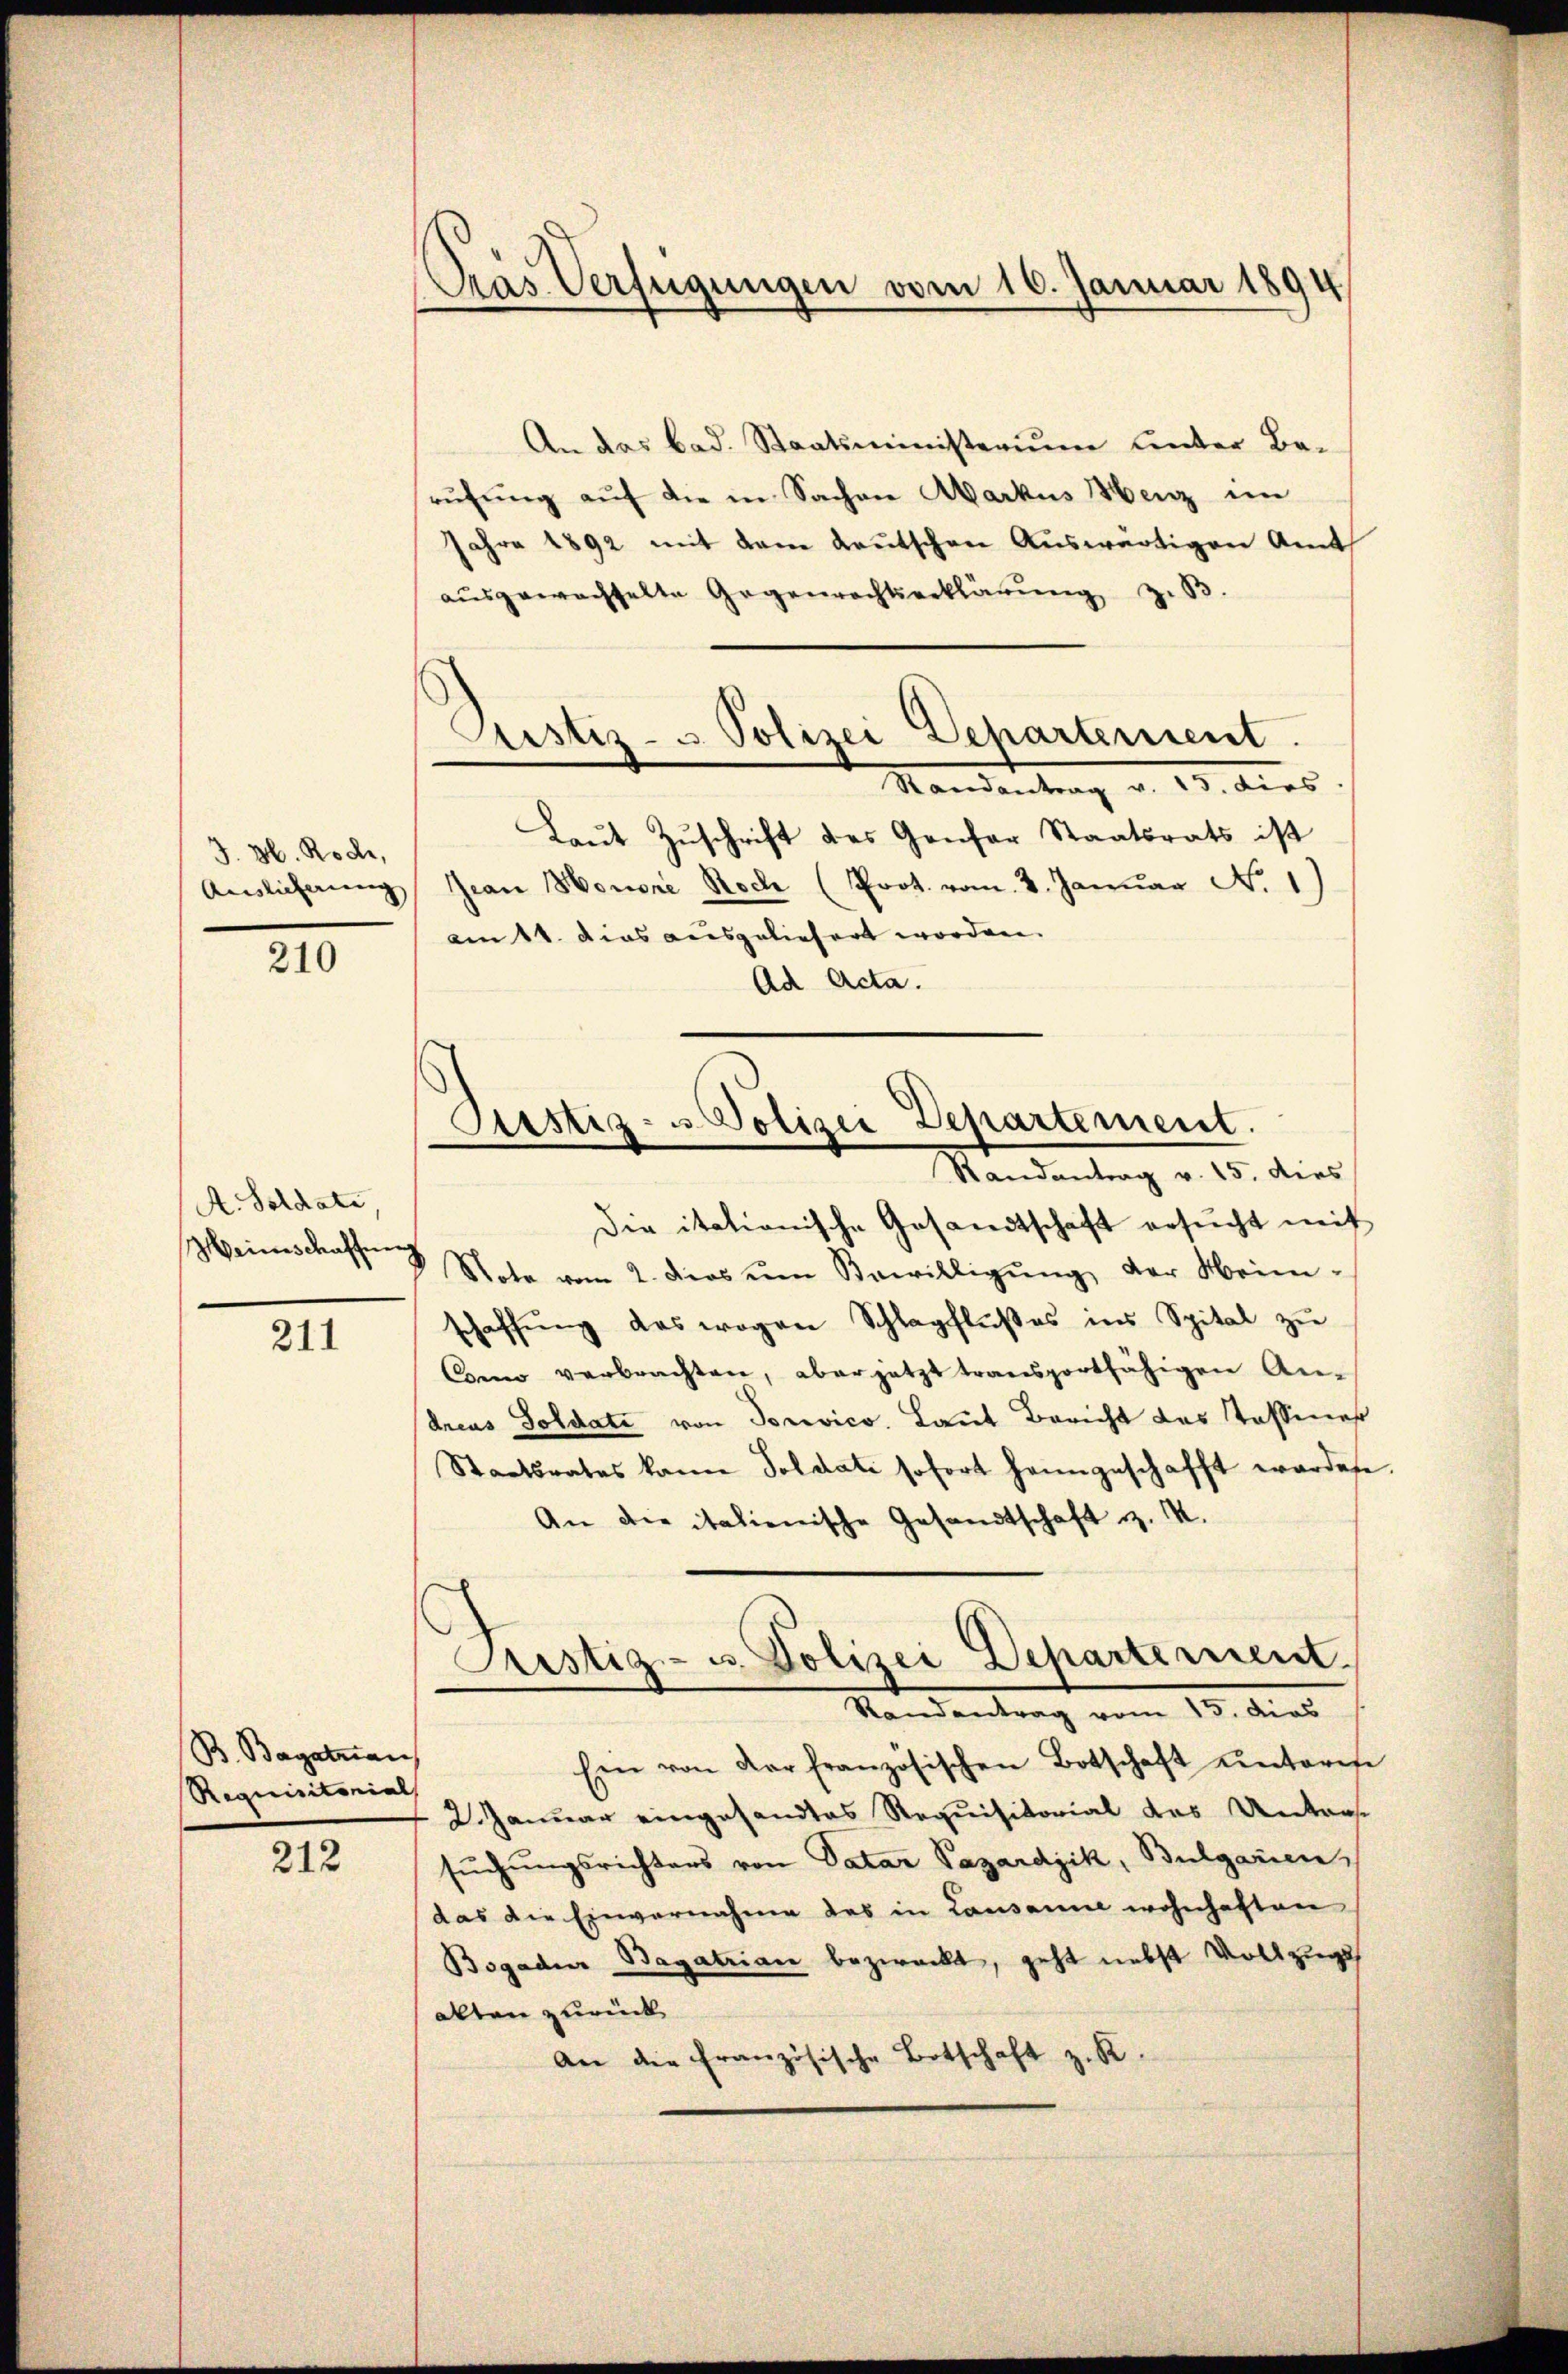
J. H. Rode,
Auslieferung

210

A. Soldate,
Meines cassŭng

211

B. Bagatzan
Requisitorial

212

Pras Verfügungen vom 16. Januar 1894

Justiz- & Polizei Departement.

An das bad. Staatsministerium unter Berŭfŭng aŭf die in Sachen Markus Henz im
Jahre 1892 mit dem deutschen Auswärtigen Amt
aŭsgewachselte Gegenrechtserklärŭng z. B.
Mandantung d. 13. dies
Laŭt Zŭschrift des Genfer Staatsrats ist
Jean Honore Rock (Prot. vom 2. Januar N. 1)
am 11. Das ausgeliefert worden.
Ad Acta.
Die itationische Gesandtschaft ersŭcht mit
Note vom 2. ders ŭm Bewilligŭng der Heim-
schaffung das wegen Schlagflußes ins Spital zu
Como verbrachten, aber jetzt transportfähigen An-
dreus Soldate von Sorevico. Laut Bericht des Tassener
Staatsrates kann Soldati sofort heimgeschafft wordete
An die italienische Gesandtschaft d. M.
Piustiz- u. Polizei Departement
Standentrag vom 15. dies
Ein von der französischen Botschaft unteres
2. Januar eingesandtes Requisitorial das Unters
sŭchŭngsrichters von Datar Pazardjik, Bulgarien
das die Einvernahme des in Lausanne wohnhaften
Bogadier Bagatrian bezweckt, geht nebst Vollzugs
alten zurück
An die französische Botschaft z. R.

Justiz- u Polizei Departement.
Randantrag v. 15. dies